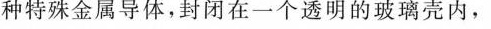
种特殊金属导体，封闭在一个透明的玻璃壳内，